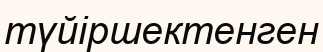
түйіршектенген